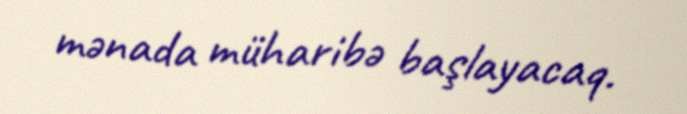
mənada müharibə başlayacaq.